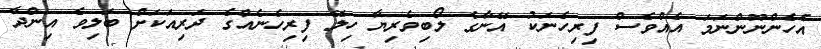
އެހެންނޫންނަމަ އެއްވެސް ފިރިހެނަކު އޭނާގެ ލޯބިވެރިޔާ ހިލޭ ފިރިހެނެއްގެ ދަރިއަކަށް ބަލިވެ އިންދާ